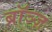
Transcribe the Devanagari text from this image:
ब्रॉञ्ज़